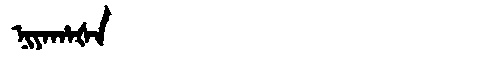
Manchu: ᠨᡳᠶᠠᡥᠠᡧᠠ
Romanization: NIYAHAŠA